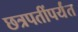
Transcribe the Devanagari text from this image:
छत्रपतींपर्यंत